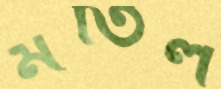
মঁতিল